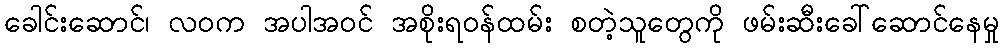
ခေါင်းဆောင်၊ လဝက အပါအဝင် အစိုးရဝန်ထမ်း စတဲ့သူတွေကို ဖမ်းဆီးခေါ်ဆောင်နေမှု